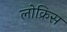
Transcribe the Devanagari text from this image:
लोक्रिस